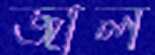
জাল